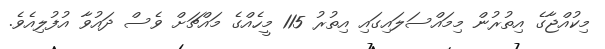
މިކުއްޖާގެ އިތުރުން މިމައްސަލައިގައި އިތުރު 115 މީހެއްގެ މައްޗަށް ވެސް ދައުވާ އުފުލިއެވެ.